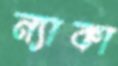
ন্যাকা